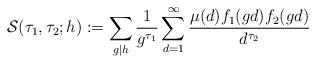
LaTeX: \begin{align*} \mathcal{S}(\tau_1,\tau_2;h) := \sum_{g \mid h} \frac{1}{g^{\tau_1}} \sum_{d=1}^{\infty} \frac{\mu(d) f_1(gd)f_2(gd)}{d^{\tau_2}}\end{align*}